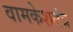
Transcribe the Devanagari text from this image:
वामकेशतंत्र